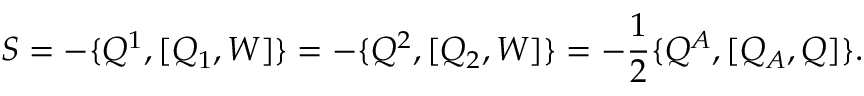
S = - \{ Q ^ { 1 } , [ Q _ { 1 } , W ] \} = - \{ Q ^ { 2 } , [ Q _ { 2 } , W ] \} = - \frac { 1 } { 2 } \{ Q ^ { A } , [ Q _ { A } , Q ] \} .